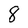
Character: 8